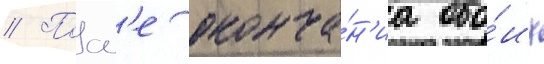
// Посл'е оконча́н'иа обо́их